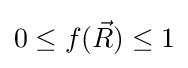
0\leq f({\vec {R}})\leq 1